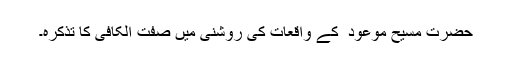
حضرت مسیح موعود ؑ کے واقعات کی روشنی میں صفت الکافی کا تذکرہ۔